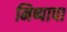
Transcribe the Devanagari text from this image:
निष्पापा